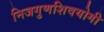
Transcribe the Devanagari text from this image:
निजगुणशिवयोगी